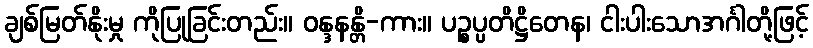
ချစ်မြတ်နိုးမှု ကိုပြုခြင်းတည်း။ ဝန္ဒနန္တိ-ကား။ ပဉ္စပ္ပတိဋ္ဌိတေန၊ ငါးပါးသောအင်္ဂါတို့ဖြင့်